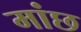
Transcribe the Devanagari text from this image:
मांछ